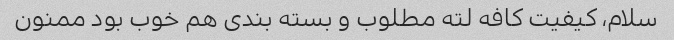
سلام، کیفیت کافه لته مطلوب و بسته بندی هم خوب بود ممنون